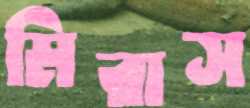
মিরাস